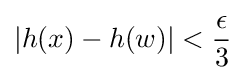
\left|h(x)-h(w)\right|<{\frac {\epsilon }{3}}